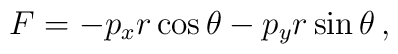
F = - p_x r \cos \theta - p_y r \sin \theta \, ,